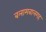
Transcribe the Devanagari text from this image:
बलामबालगह